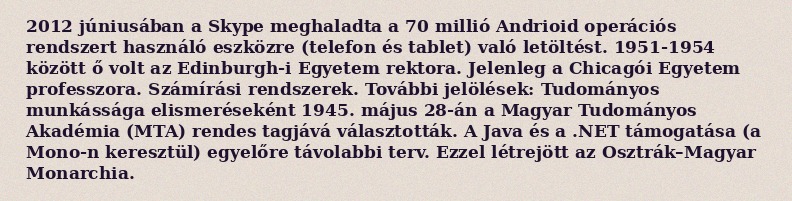
2012 júniusában a Skype meghaladta a 70 millió Andrioid operációs rendszert használó eszközre (telefon és tablet) való letöltést. 1951-1954 között ő volt az Edinburgh-i Egyetem rektora. Jelenleg a Chicagói Egyetem professzora. Számírási rendszerek. További jelölések: Tudományos munkássága elismeréseként 1945. május 28-án a Magyar Tudományos Akadémia (MTA) rendes tagjává választották. A Java és a .NET támogatása (a Mono-n keresztül) egyelőre távolabbi terv. Ezzel létrejött az Osztrák–Magyar Monarchia.